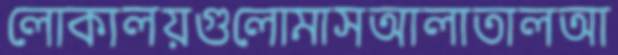
লোকালয়গুলোমাসআলাতালআ